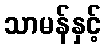
သာမန်နှင့်